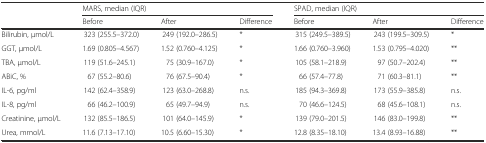
|  | <COLSPAN=3> MARS, median (IQR) | <COLSPAN=3> SPAD, median (IQR) |
 |  | Before | After | Difference | Before | After | Difference |
 | --- | --- | --- | --- | --- | --- | --- |
 | Bilirubin, μmol/L | 323 (255.5–372.0) | 249 (192.0–286.5) | * | 315 (249.5–389.5) | 243 (199.5–309.5) | * |
 | GGT, μmol/L | 1.69 (0.805–4.567) | 1.52 (0.760–4.125) | * | 1.66 (0.760–3.960) | 1.53 (0.795–4.020) | ** |
 | TBA, μmol/L | 119 (51.6–245.1) | 75 (30.9–167.0) | * | 105 (58.1–218.9) | 97 (50.7–202.4) | ** |
 | ABiC, % | 67 (55.2–80.6) | 76 (67.5–90.4) | * | 66 (57.4–77.8) | 71 (60.3–81.1) | ** |
 | IL-6, pg/ml | 142 (62.4–358.9) | 123 (63.0–268.8) | n.s. | 185 (94.3–369.8) | 173 (55.9–385.8) | n.s. |
 | IL-8, pg/ml | 66 (46.2–100.9) | 65 (49.7–94.9) | n.s. | 70 (46.6–124.5) | 68 (45.6–108.1) | n.s. |
 | Creatinine, μmol/L | 132 (85.5–186.5) | 101 (64.0–145.9) | * | 139 (79.0–201.5) | 146 (83.0–199.8) | ** |
 | Urea, mmol/L | 11.6 (7.13–17.10) | 10.5 (6.60–15.30) | * | 12.8 (8.35–18.10) | 13.4 (8.93–16.88) | ** |